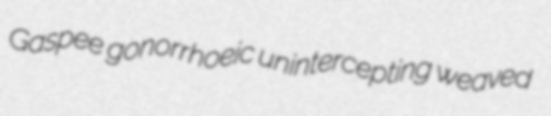
Gaspee gonorrhoeic unintercepting weaved